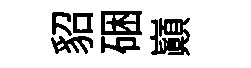
貂硱巔